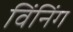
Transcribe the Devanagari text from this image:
विंनिंग